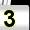
Digit: 3